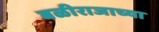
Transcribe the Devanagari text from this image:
बळीराजाच्या